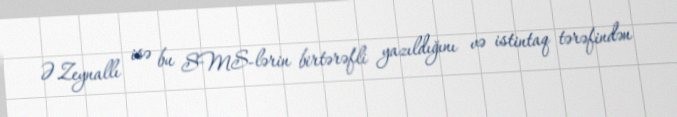
Ə.Zeynallı isə bu SMS-lərin birtərəfli yazıldığını və istintaq tərəfindən